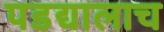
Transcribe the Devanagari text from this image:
पडद्यालाच